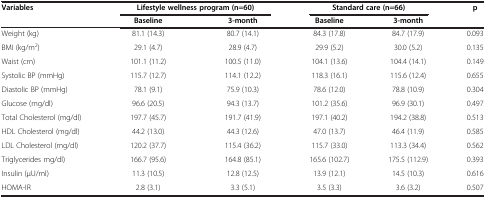
| <ROWSPAN=2> Variables | <COLSPAN=2> Lifestyle wellness program (n=60) | <COLSPAN=2> Standard care (n=66) | <ROWSPAN=2> p |
 | Baseline | 3-month | Baseline | 3-month |
 | --- | --- | --- | --- | --- | --- |
 | Weight (kg) | 81.1 (14.3) | 80.7 (14.1) | 84.3 (17.8) | 84.7 (17.9) | 0.093 |
 | BMI (kg/m2) | 29.1 (4.7) | 28.9 (4.7) | 29.9 (5.2) | 30.0 (5.2) | 0.135 |
 | Waist (cm) | 101.1 (11.2) | 100.5 (11.0) | 104.1 (13.6) | 104.4 (14.1) | 0.149 |
 | Systolic BP (mmHg) | 115.7 (12.7) | 114.1 (12.2) | 118.3 (16.1) | 115.6 (12.4) | 0.655 |
 | Diastolic BP (mmHg) | 78.1 (9.1) | 75.9 (10.3) | 78.6 (12.0) | 78.8 (10.9) | 0.304 |
 | Glucose (mg/dl) | 96.6 (20.5) | 94.3 (13.7) | 101.2 (35.6) | 96.9 (30.1) | 0.497 |
 | Total Cholesterol (mg/dl) | 197.7 (45.7) | 191.7 (41.9) | 197.1 (40.2) | 194.2 (38.8) | 0.513 |
 | HDL Cholesterol (mg/dl) | 44.2 (13.0) | 44.3 (12.6) | 47.0 (13.7) | 46.4 (11.9) | 0.585 |
 | LDL Cholesterol (mg/dl) | 120.2 (37.7) | 115.4 (36.2) | 115.7 (33.0) | 113.3 (34.4) | 0.562 |
 | Triglycerides mg/dl) | 166.7 (95.6) | 164.8 (85.1) | 165.6 (102.7) | 175.5 (112.9) | 0.393 |
 | Insulin (μU/ml) | 11.3 (10.5) | 12.8 (12.5) | 13.9 (12.1) | 14.5 (10.3) | 0.616 |
 | HOMA-IR | 2.8 (3.1) | 3.3 (5.1) | 3.5 (3.3) | 3.6 (3.2) | 0.507 |